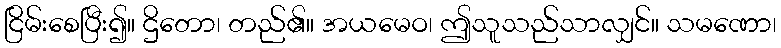
ငြိမ်းစေပြီး၍။ ဌိတော၊ တည်၏။ အယမေဝ၊ ဤသူသည်သာလျှင်။ သမဏော၊